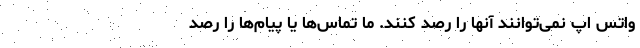
واتس اپ نمی‌توانند آنها را رصد کنند. ما تماس‌ها یا پیام‌ها را رصد